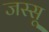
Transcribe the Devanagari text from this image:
जस्सू